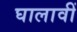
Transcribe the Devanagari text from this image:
घालावीं